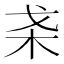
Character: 𣏩